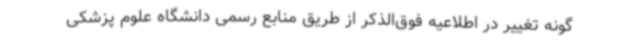
گونه تغییر در اطلاعیه فوق‌الذکر از طریق منابع رسمی دانشگاه علوم پزشکی